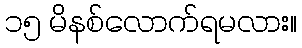
၁၅ မိနစ်လောက်ရမလား။